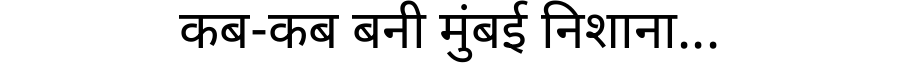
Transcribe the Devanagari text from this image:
कब-कब बनी मुंबई निशाना...